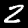
Label: 2